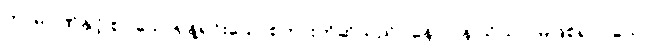
ကာမဂုဏ်နှင့် စပ်သောရုန့်ရင်းသောစကားကိုဆိုသည်။ နော ပန သိယာ၊ မဖြစ်ရာ။ သော